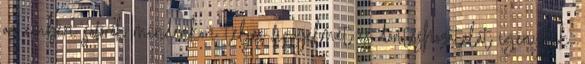
az emberi sofőrök mindenkori teljes figyelmét és döntéshozatalát igénylik,